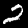
Label: 2